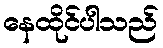
နေထိုင်ပါသည်